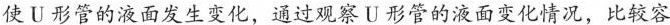
使U形管的液面发生变化，通过观察U形管的液面变化情况，比较容